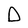
Character: D